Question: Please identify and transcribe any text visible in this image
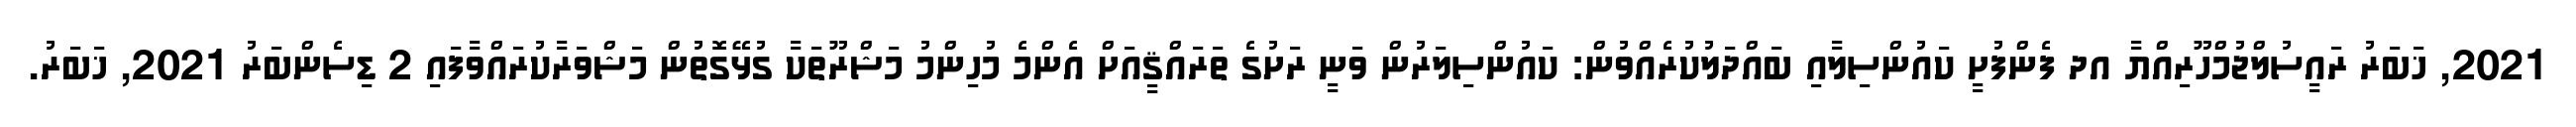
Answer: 2021, ޚަބަރު ރައީސުލްޖުމްހޫރިއްޔާ އދ ފެންފުށީ ކައުންސިލާއި ބައްދަލުކުރެއްވުން: ކައުންސިލަރުން ވަނީ ރަށުގެ ތަރައްޤީއަށް އެންމެ މުހިންމު މަޝްރޫތަކާ ގުޅޭގޮތުން މަޝްވަރާކުރައްވާފައި 2 ޑިސެންބަރު 2021, ޚަބަރު.